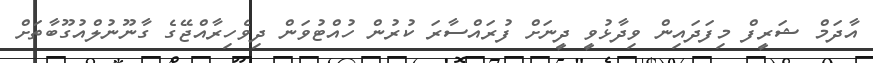
އާދަމް ޝަރީފް މިފަދައިން ވިދާޅުވީ ދީނަށް ފުރައްސާރަ ކުރުން ހުއްޓުވަން ދިވެހިރާއްޖޭގެ ގާނޫނުލްއުގޫބާތަށް